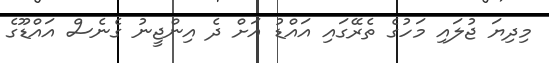
މިދިޔަ ޖުލައި މަހުގެ ތެރޭގައި އައްޑު އަށް ދެ އިންޖީނު ގެނެސް އައްޑޫގެ